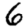
Digit: 6